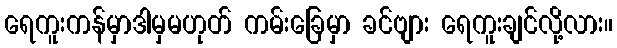
ရေကူးကန်မှာဒါမှမဟုတ် ကမ်းခြေမှာ ခင်ဗျား ရေကူးချင်လို့လား။